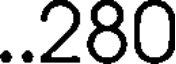
..280